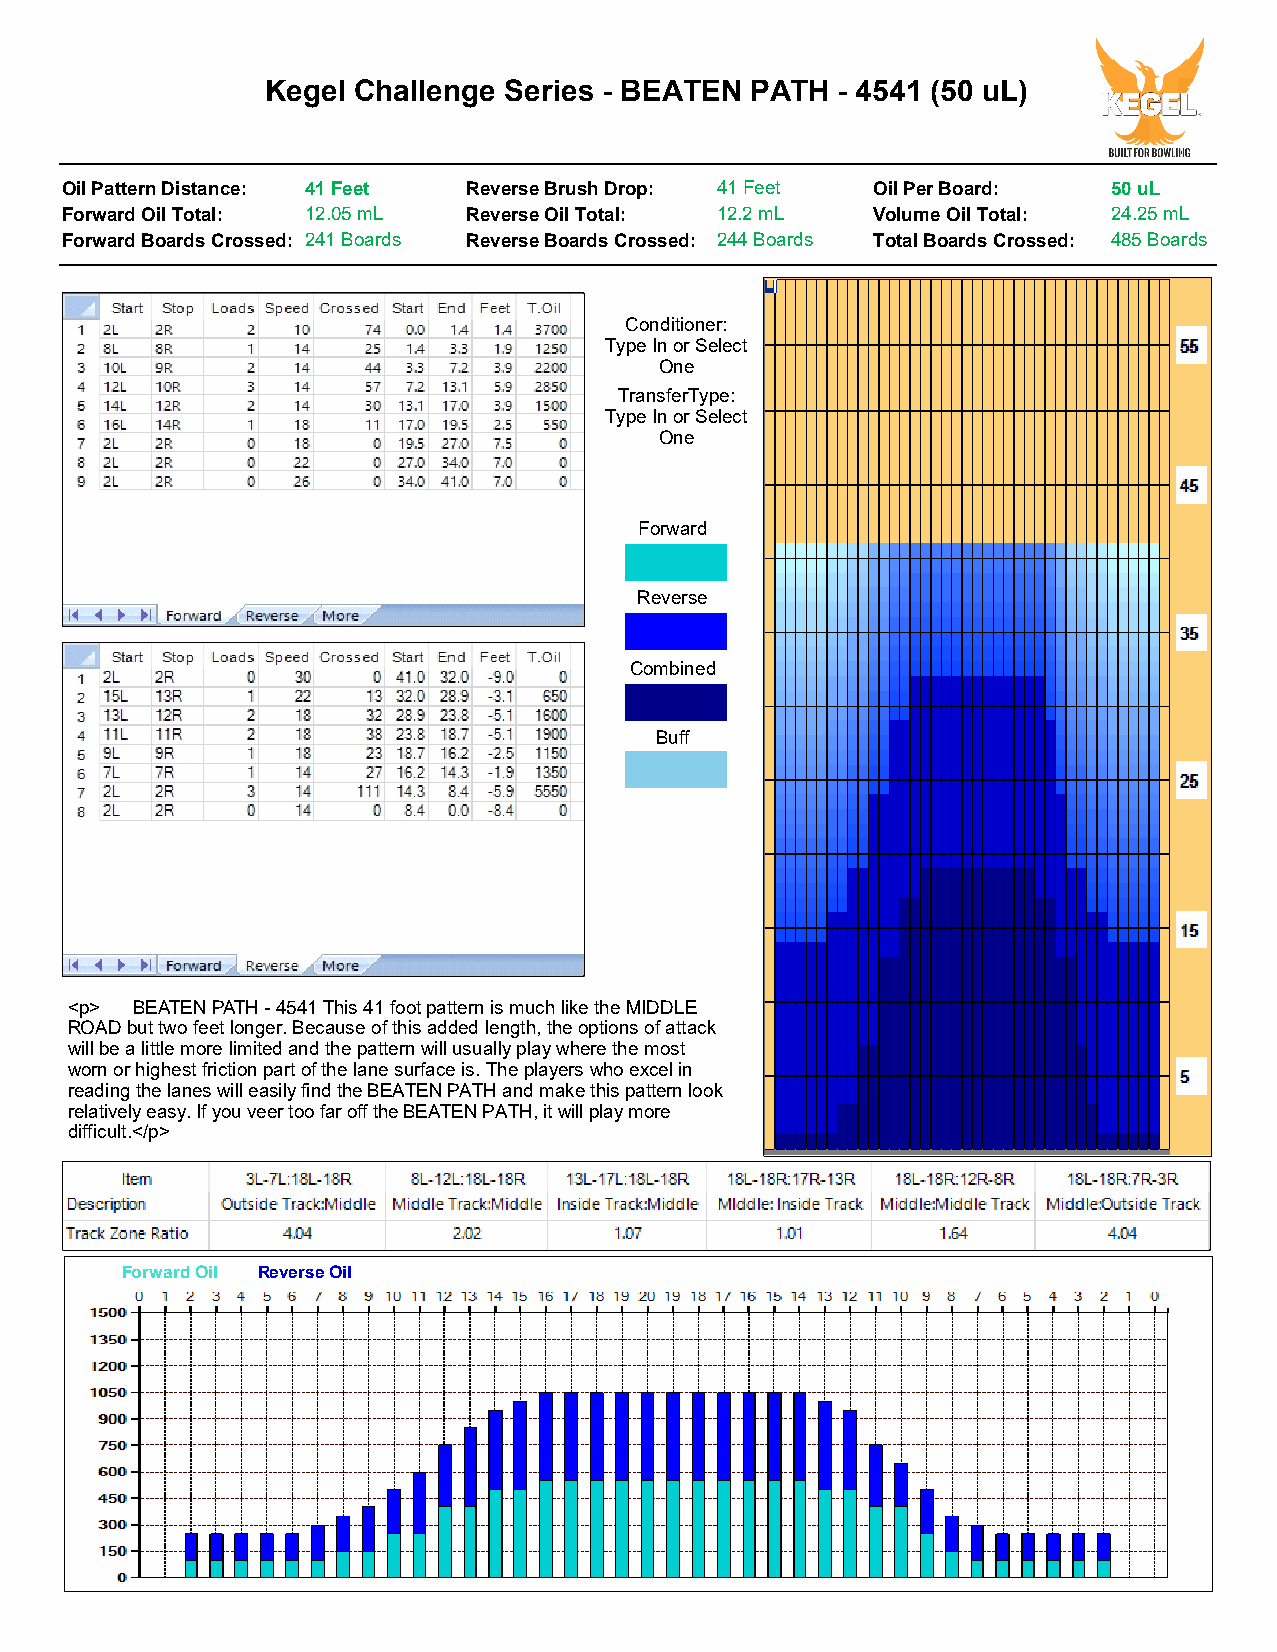
Kegel Challenge Series - BEATEN PATH - 4541 (50 uL)
 Oil Pattern Distance: 41 Feet Reverse Brush Drop: 41 Feet Oil Per Board: 50 uL
 Forward Oil Total: 12.05 mL Reverse Oil Total: 12.2 mL Volume Oil Total: 24.25 mL
 Forward Boards Crossed: 241 Boards Reverse Boards Crossed: 244 Boards Total Boards Crossed: 485 Boards
 Conditioner:
 Type In or Select
 One
 TransferType:
 Type In or Select
 One
 Forward
 Reverse
 Combined
 Buff
 <p>  BEATEN PATH - 4541 This 41 foot pattern is much like the MIDDLE
 ROAD but two feet longer. Because of this added length, the options of attack
 will be a little more limited and the pattern will usually play where the most
 worn or highest friction part of the lane surface is. The players who excel in
 reading the lanes will easily find the BEATEN PATH and make this pattern look
 relatively easy. If you veer too far off the BEATEN PATH, it will play more
 difficult.</p>
 Forward Oil Reverse Oil